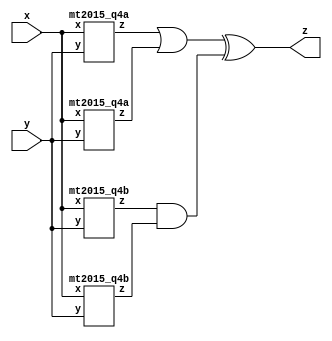
module top_module (
    input x, input y, 
    output z
    );
wire w1, w2, w3, w4;
wire o1, an1;
mt2015_q4a a1(.x(x), .y(y), .z(w1));
mt2015_q4a a2(.x(x), .y(y), .z(w2));
mt2015_q4b b1(.x(x), .y(y), .z(w3));
mt2015_q4b b2(.x(x), .y(y), .z(w4));
assign o1 = w1 | w2;
assign an1 = w3 & w4;
assign z = o1 ^ an1;

endmodule

module mt2015_q4a (
    input x, input y, 
    output z
    );
assign z = (x ^ y) & x;

endmodule

module mt2015_q4b (
    input x, input y, 
    output z
    );
assign z = ~(x ^ y);

endmodule